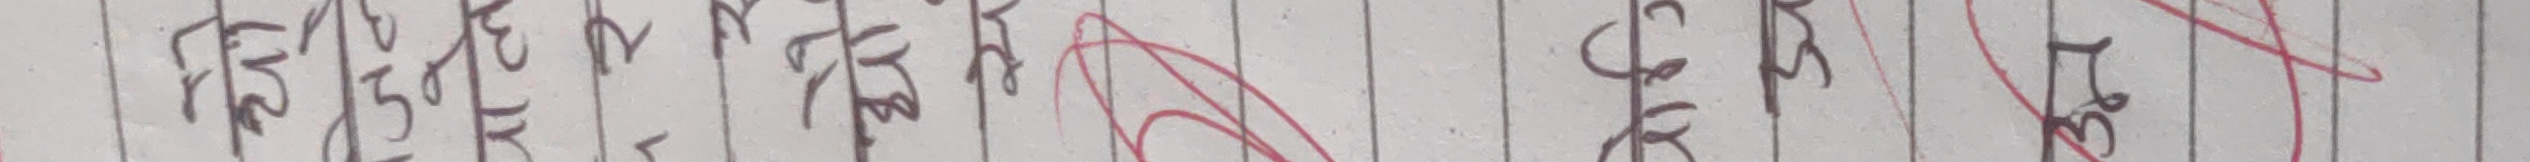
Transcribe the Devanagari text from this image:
जि.वि.स. सि.ई.ओ. वि.नं. च.नं. मिति ठेगाना प्राप्त